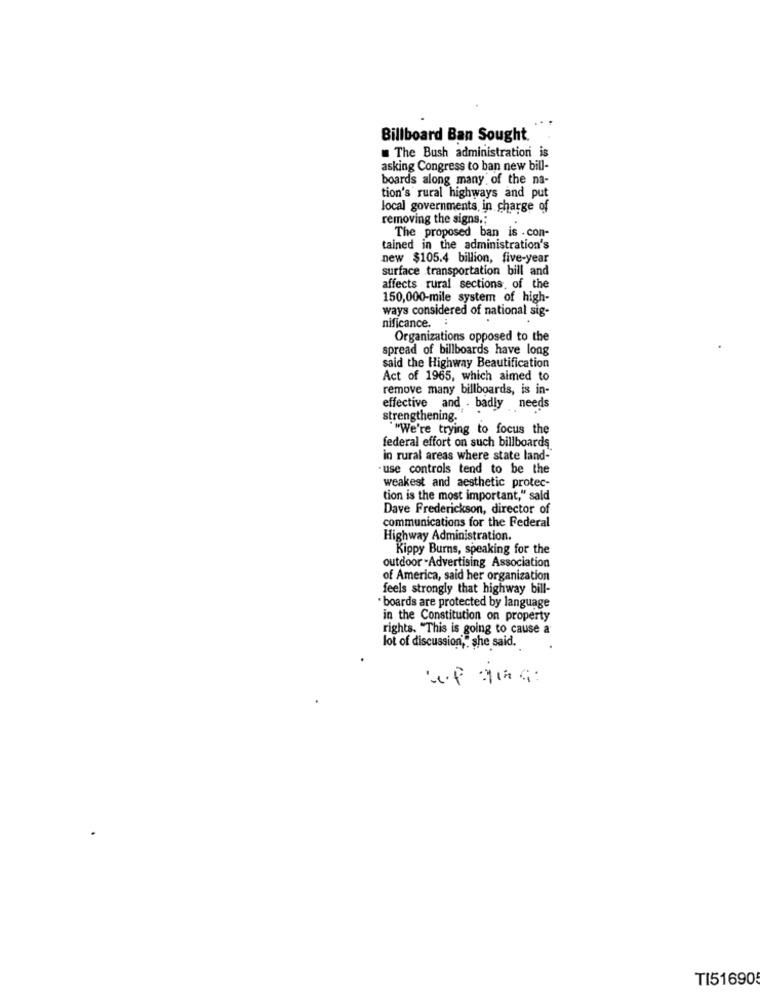
Billboard Ban Sought.
The Bush administration is
asking Congress to ban new bill-
boards along many of the na-
tion's rural highways and put
local governments, in charge of
removing the signs ,;
.
The proposed ban is . con-
tained in the administration's
new $105.4 billion, five-year
surface transportation bill and
affects rural sections. of the
150,000-mile system of high-
ways considered of national sig-
nificance.
Organizations opposed to the
spread of billboards have long
said the Highway Beautification
Act of 1965, which aimed to
remove many billboards, is in-
effective and . badly needs
strengthening.
"We're trying to focus the
federal effort on such billboards
in rural areas where state land-
use controls tend to be the
weakest and aesthetic protec-
tion is the most important," said
Dave Frederickson, director of
communications for the Federal
Highway Administration.
Kippy Burns, speaking for the
outdoor -Advertising Association
of America, said her organization
feels strongly that highway bill-
boards are protected by language
in the Constitution on property
rights. "This is going to cause a
lot of discussion," she said.
TI51690